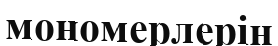
мономерлерін